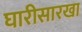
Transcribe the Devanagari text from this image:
घारीसारखा